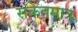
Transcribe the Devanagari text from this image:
संकेतमात्र